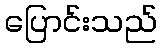
ပြောင်းသည်